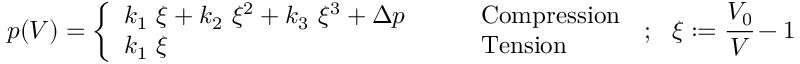
p ( V ) = { \left\{ \begin{array} { l l } { k _ { 1 } ~ \xi + k _ { 2 } ~ \xi ^ { 2 } + k _ { 3 } ~ \xi ^ { 3 } + \Delta p } & { \qquad { \mathrm { C o m p r e s s i o n } } } \\ { k _ { 1 } ~ \xi } & { \qquad { \mathrm { T e n s i o n } } } \end{array} \right. } ~ ; ~ ~ \xi : = { \cfrac { V _ { 0 } } { V } } - 1